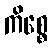
ကိစ္စေ